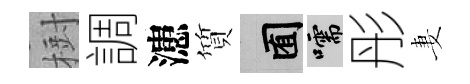
𣗳調漶質囿嚅彤妻